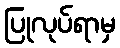
ပြုလုပ်ရာမှ